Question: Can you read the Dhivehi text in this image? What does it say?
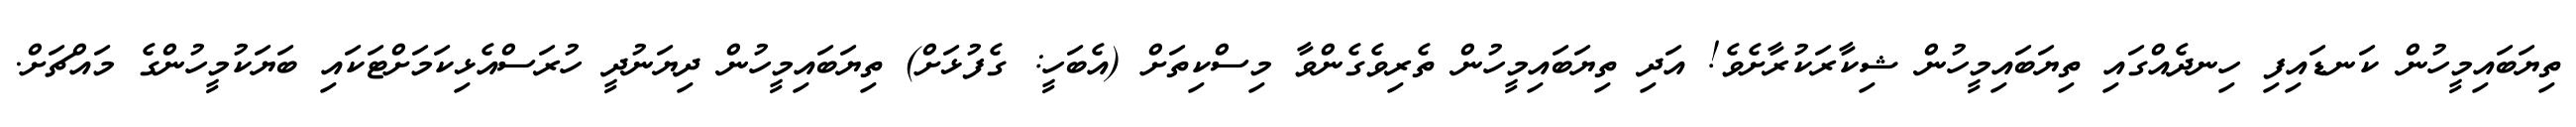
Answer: ތިޔަބައިމީހުން ކަނޑައިފި ހިނދެއްގައި ތިޔަބައިމީހުން ޝިކާރަކުރާށެވެ! އަދި ތިޔަބައިމީހުން ތެރިވެގެންވާ މިސްކިތަށް (އެބަހީ: ގެފުޅަށް) ތިޔަބައިމީހުން ދިޔަނުދީ ހުރަސްއެޅިކަމަށްޓަކައި ބަޔަކުމީހުންގެ މައްޗަށް.